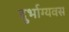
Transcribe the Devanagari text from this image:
दुर्भाग्यवस